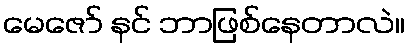
မေဇော် နင် ဘာဖြစ်နေတာလဲ။